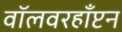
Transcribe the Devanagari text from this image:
वॉलवरहाँप्टन